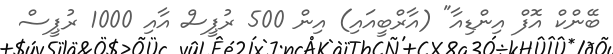
ބޭންކް އޮފް އިންޑިއާ" (އާރްބީއައި) އިން 500 ރުޕީސް އާއި 1000 ރުޕީސް